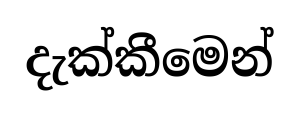
දැක්කීමෙන්